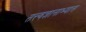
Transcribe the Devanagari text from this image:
तत्त्वज्ञानाभ्यास